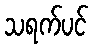
သရက်ပင်